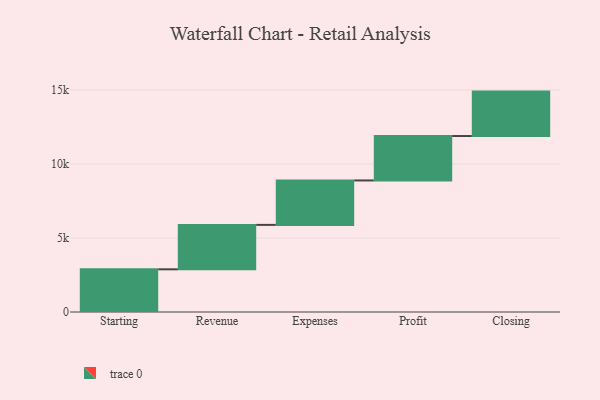
{"axis": {"x": "Step", "y": "Value"}, "legend": [""], "data": [{"x": "Starting", "y": 2883.0, "type": ""}, {"x": "Revenue", "y": 3000, "type": ""}, {"x": "Expenses", "y": 3000, "type": ""}, {"x": "Profit", "y": 3000, "type": ""}, {"x": "Closing", "y": 3000, "type": ""}]}